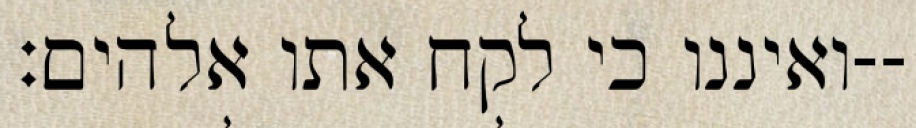
ואיננו כי לקח אתו אלהים׃--